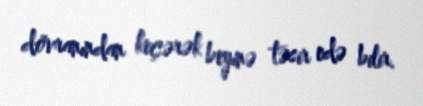
dövranından keçərək beyinə təsir edə bilir.